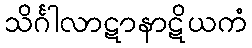
သိင်္ဂါလာဋာနာဋိယကံ